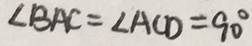
\angle B A C = \angle A C D = 9 0 ^ { \circ }